Elephants and their diseases
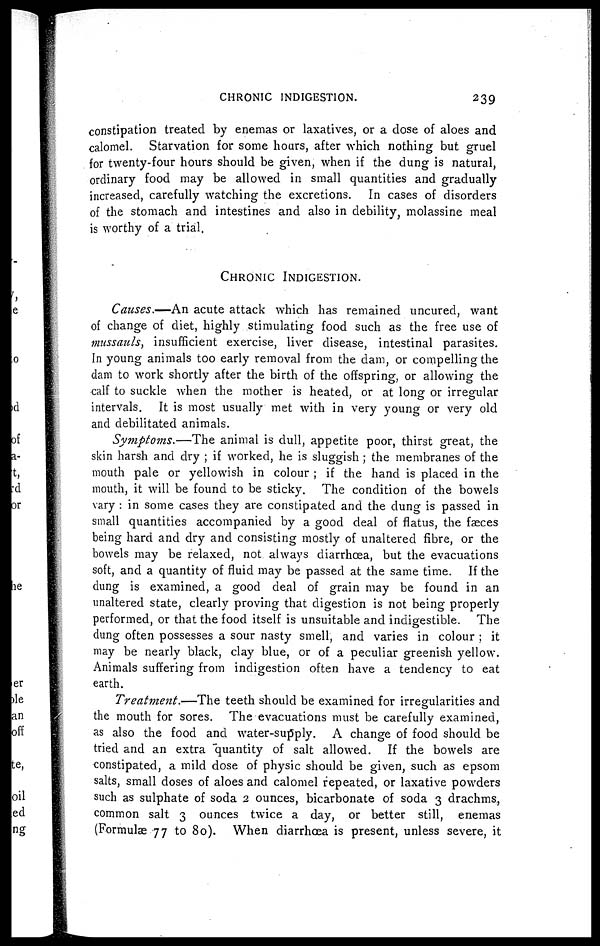
CHRONIC INDIGESTION.
239
constipation treated by enemas or laxatives, or a dose of aloes and
calomel. Starvation for some hours, after which nothing but gruel
for twenty-four hours should be given, when if the dung is natural,
ordinary food may be allowed in small quantities and gradually
increased, carefully watching the excretions. In cases of disorders
of the stomach and intestines and also in debility, molassine meal
is worthy of a trial.
CHRONIC
INDIGESTION.
Causes.—An acute attack which has remained uncured, want
of change of diet, highly stimulating food such as the free use of
mussauls, insufficient exercise, liver disease, intestinal parasites.
In young animals too early removal from the dam, or compelling the
clam to work shortly after the birth of the offspring, or allowing the
calf to suckle when the mother is heated, or at long or irregular
intervals. It is most usually met with in very young or very old
and debilitated animals.
Symptoms.—The animal is dull, appetite poor, thirst great, the
skin harsh and dry ; if worked, he is sluggish ; the membranes of the
mouth pale or yellowish in colour ; if the hand is placed in the
mouth, it will be found to be sticky. The condition of the bowels
vary : in some cases they are constipated and the dung is passed in
small quantities accompanied by a good deal of flatus, the faeces
being hard and dry and consisting mostly of unaltered fibre, or the
bowels may be relaxed, not always diarrhoea, but the evacuations
soft, and a quantity of fluid may be passed at the same time. If the
dung is examined, a good deal of grain may be found in an
unaltered state, clearly proving that digestion is not being properly
performed, or that the food itself is unsuitable and indigestible. The
dung often possesses a sour nasty smell, and varies in colour ; it
may be nearly black, clay blue, or of a peculiar greenish yellow.
Animals suffering from indigestion often have a tendency to eat
earth.
Treatment.—The
teeth should be examined for irregularities and
the mouth for sores. The evacuations must be carefully examined,
as also the food and water-supply. A change of food should be
tried and an extra quantity of salt allowed. If the bowels are
constipated, a mild dose of physic should be given, such as epsom
salts, small doses of aloes and calomel repeated, or laxative powders
such as sulphate of soda 2 ounces, bicarbonate of soda 3 drachms.,
common salt 3 ounces twice a day, or better still, enemas
(Formulas 77 to 80). When diarrhoea is present, unless severe, it